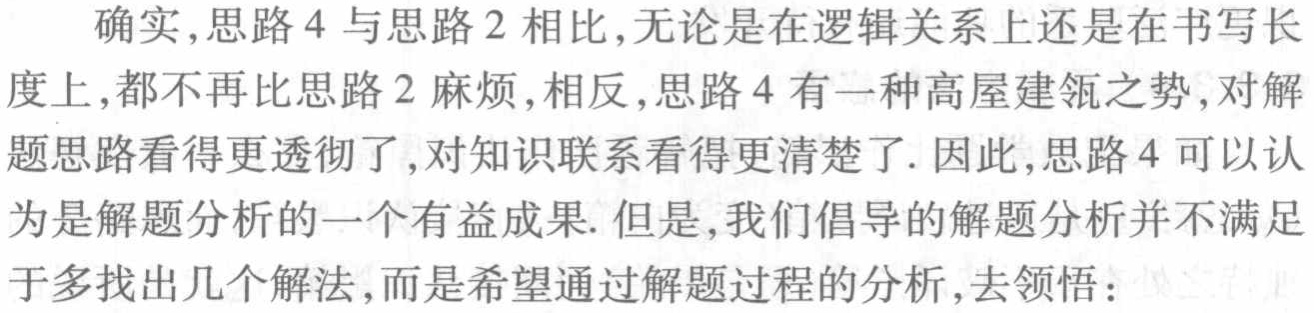
确实,思路 4 与思路 2 相比,无论是在逻辑关系上还是在书写长
度上,都不再比思路 2 麻烦,相反,思路 4 有一种高屋建瓴之势,对解
题思路看得更透彻了,对知识联系看得更清楚了. 因此,思路 4 可以认
为是解题分析的一个有益成果. 但是,我们倡导的解题分析并不满足
于多找出几个解法,而是希望通过解题过程的分析,去领悟：